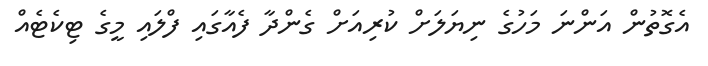
އެގޮތުން އަންނަ މަހުގެ ނިޔަލަށް ކުރިއަށް ގެންދާ ފެއާގައި ފްލައި މީގެ ޓިކެޓެއް